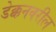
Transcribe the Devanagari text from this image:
डेक्कनवरील